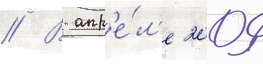
// В апр'е́л'е 2009